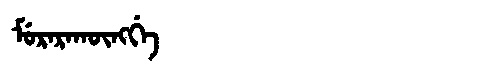
Manchu: ᠮᡠᡵᠠᡵᠠᡴᡡᠩᡤᡝ
Romanization: MURARAKŪNGGE